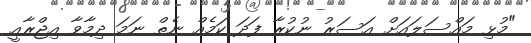
"މުޅި މައްސަލައަށް އަސަރު ނުކުރާ ފަދަ ކަމެއް ނެތް ނަމަ ދިމާވާ އިޖްރާއީ